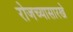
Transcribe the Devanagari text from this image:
रोजच्यासारखे